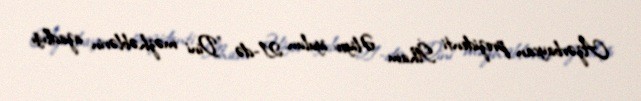
Azərbaycan prezidenti İlham Əliyev iyulun 21-də "Dini məzhəblərin azadlığı